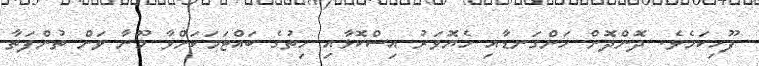
ފޫހިކަމެވެ. ދޮންދޮން ހަންގަނޑާއި ހެޔޮވަރު އިސްކޮޅާއި ހިތުގެ ބައްޓަމަކަށްވާ މޫނާ ވަށް ތުންފަތާ